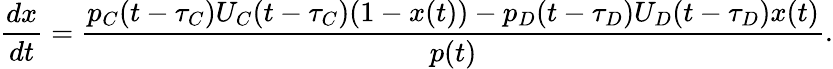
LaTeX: \frac{dx}{dt}=\frac{p_{C}(t-\tau_{C})U_{C}(t-\tau_{C})(1-x(t))-p_{D}(t-\tau_{D})U_{D}(t-\tau_{D})x(t)}{p(t)}.